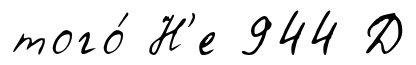
того́ Н'е 944 Д